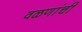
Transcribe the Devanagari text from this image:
वळणांची